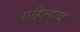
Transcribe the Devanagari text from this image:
राहिल्याच